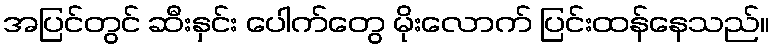
အပြင်တွင် ဆီးနှင်း ပေါက်တွေ မိုးလောက် ပြင်းထန်နေသည်။